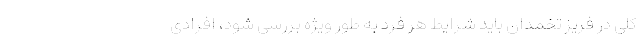
کلی در فریز تخمدان باید شرایط هر فرد به طور ویژه بررسی شود، افرادی